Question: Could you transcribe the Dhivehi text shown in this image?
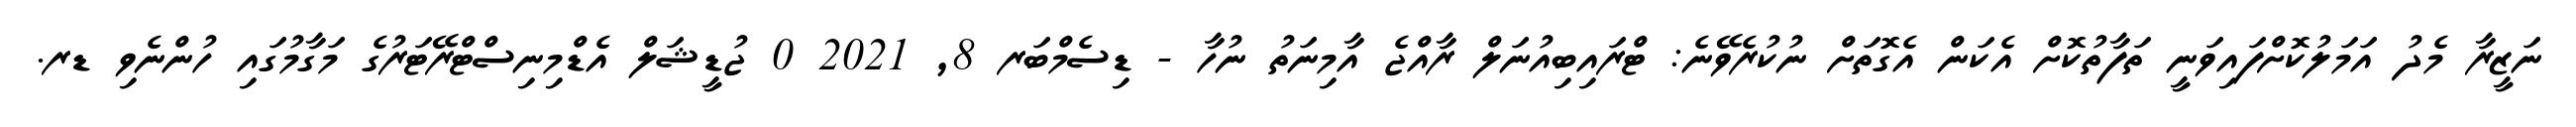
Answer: ނަޒީރާ މެދު އަމަލުކޮށްފައިވަނީ ތަފާތުކޮށް އެކަން އެގޮތަށް ނުކުރެވޭނެ: ޓްރައިބިއުނަލް ރާއްޖެ އާމިނަތު ނުހާ - ޑިސެމްބަރ 8, 2021 0 ޖުޑީޝަލް އެޑްމިނިސްޓްރޭޓަރުގެ މަގާމުގައި ހުންނެވި ޑރ.